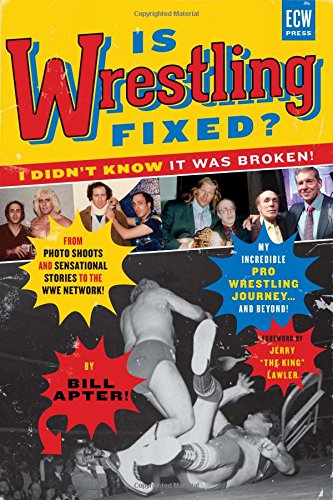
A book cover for Is Wrestling Fixed? I Didn't Know It Was Broken: From Photo Shoots and Sensational Stories to the WWE Network, Bill Apter's Incredible Pro Wrestling Journey; Bill Apter; Biographies & Memoirs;